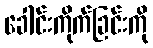
ခေါင်းကိုက်ခြင်းကို